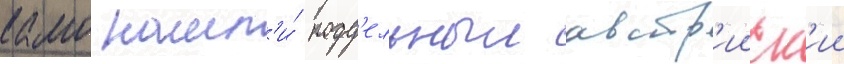
камо нашл'и́ подд'ельныи австр'ииск'ии